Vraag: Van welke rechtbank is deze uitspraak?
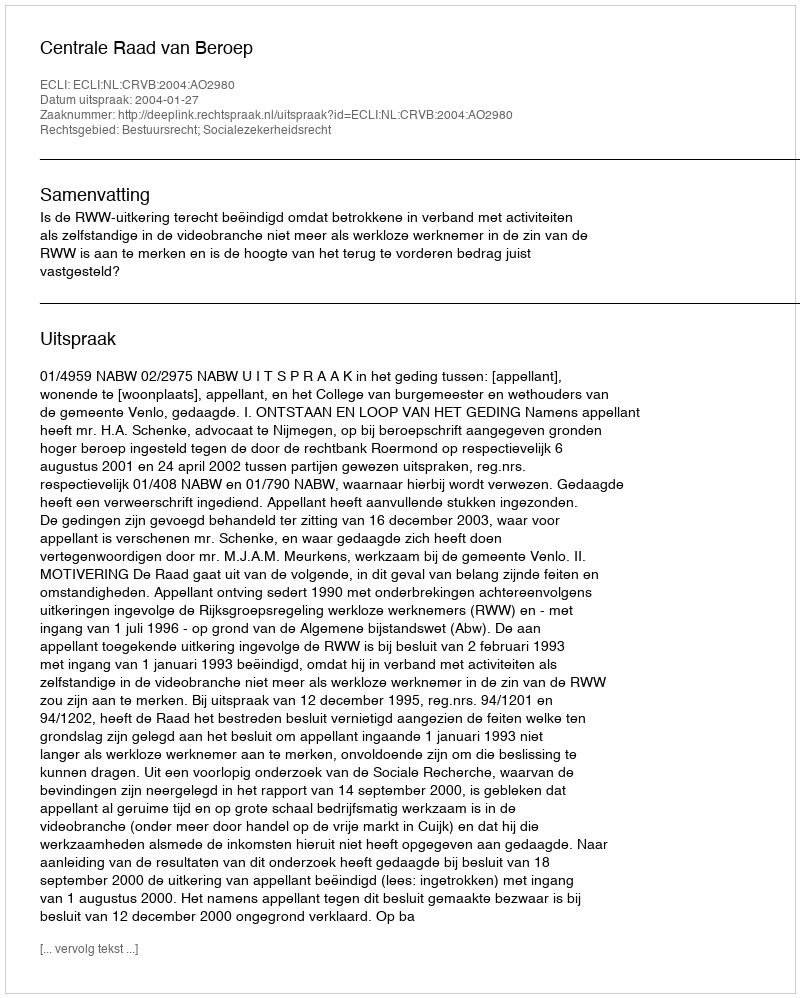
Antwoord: Centrale Raad van Beroep